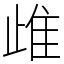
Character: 䧳